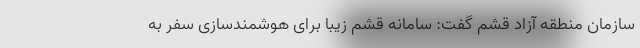
سازمان منطقه آزاد قشم گفت: سامانه قشم زیبا برای هوشمندسازی سفر به